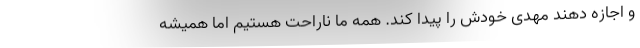
و اجازه دهند مهدی خودش را پیدا کند. همه ما ناراحت هستیم اما همیشه